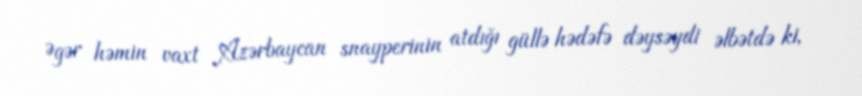
Əgər həmin vaxt Azərbaycan snayperinin atdığı güllə hədəfə dəysəydi əlbətdə ki,